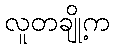
လူတချို့က